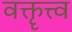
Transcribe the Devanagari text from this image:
वक्तॄत्त्व